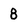
Character: 8